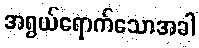
အရွယ်ရောက်သောအခါ